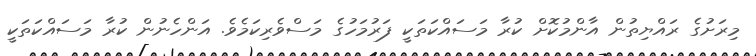
މިރަށުގެ ރައްޔިތުން އާންމުކޮށް ކުރާ މަސައްކަތަކީ ފަރުމަހުގެ މަސްވެރިކަމެވެ. އަންހެނުން ކުރާ މަސައްކަތަކީ